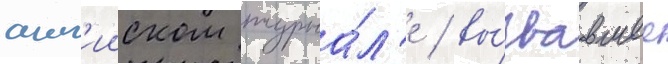
англ'ииском журна́л'е / вы́звавшее